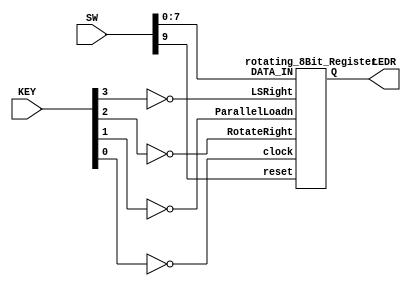
`timescale 1ns / 1ns // `timescale 


module rotatingRegister( SW, KEY, LEDR );

	input [9:0] SW;
	input [3:0] KEY;
	output [7:0] LEDR;


	rotating_8Bit_Register R1( .DATA_IN(SW[7:0]), 
										.LSRight(~KEY[3]), 
										.RotateRight(~KEY[2]), 
										.ParallelLoadn(~KEY[1]), 
										.clock(~KEY[0]), 
										.reset(SW[9]), 
										.Q(LEDR[7:0]) );

endmodule




module rotating_8Bit_Register( DATA_IN, LSRight, RotateRight, ParallelLoadn, clock, reset, Q );

	input [7:0] DATA_IN;
	input LSRight, RotateRight, ParallelLoadn, clock, reset;
	output [7:0] Q;

	wire b0, b1, b2, b3, b4, b5, b6, b7, b8;
	
	mux2to1 LSMux( .x(b0), .y(1'b0), .s(LSRight), .m(b8) ); //Logical Shift Right Register for Bit 7 (make it 0)

	FF_sub_circuit Bit7 ( b8, b6, RotateRight, DATA_IN[7], ParallelLoadn, clock, reset, b7);
	FF_sub_circuit Bit6 ( b7, b5, RotateRight, DATA_IN[6], ParallelLoadn, clock, reset, b6);
	FF_sub_circuit Bit5 ( b6, b4, RotateRight, DATA_IN[5], ParallelLoadn, clock, reset, b5);
	FF_sub_circuit Bit4 ( b5, b3, RotateRight, DATA_IN[4], ParallelLoadn, clock, reset, b4);
	FF_sub_circuit Bit3 ( b4, b2, RotateRight, DATA_IN[3], ParallelLoadn, clock, reset, b3);
	FF_sub_circuit Bit2 ( b3, b1, RotateRight, DATA_IN[2], ParallelLoadn, clock, reset, b2);
	FF_sub_circuit Bit1 ( b2, b0, RotateRight, DATA_IN[1], ParallelLoadn, clock, reset, b1);
	FF_sub_circuit Bit0 ( b1, b7, RotateRight, DATA_IN[0], ParallelLoadn, clock, reset, b0);
	
	assign Q[7:0] = {b7, b6, b5, b4, b3, b2, b1, b0};

endmodule



module FF_sub_circuit( left, right, loadLeft, D, loadn, clock, reset, Q );

	input left, right, loadLeft, D, loadn, clock, reset;
	output Q;
	wire w1, w2;

	mux2to1 mux0( .x(right), .y(left), .s(loadLeft), .m(w1) );
	mux2to1 mux1( .x(D), .y(w1), .s(loadn), .m(w2) );

	flipFlop FF1( .D(w2), .clk(clock), .reset_b(reset), .Q(Q) );

endmodule




module mux2to1(x, y, s, m);

	input x; //select 0
	input y; //select 1
	input s; //select signal
	output m; //output

	assign m = s & y | ~s & x ;

endmodule 




module flipFlop ( D, clk, reset_b, Q );

	input D, clk, reset_b;
	output reg Q;
	
	always@(posedge clk)
		begin
			if(reset_b == 1'b1) //active-high synch reset
				Q <= 1'b0;
			else
				Q <= D;
		end
		
endmodule